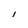
Character: I